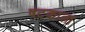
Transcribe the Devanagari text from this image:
षटकाला